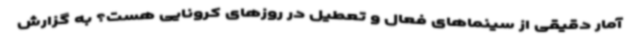
آمار دقیقی از سینماهای فعال و تعطیل در روزهای کرونایی هست؟ به گزارش